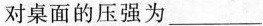
对桌面的压强为___